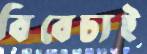
বিবেচ্যই